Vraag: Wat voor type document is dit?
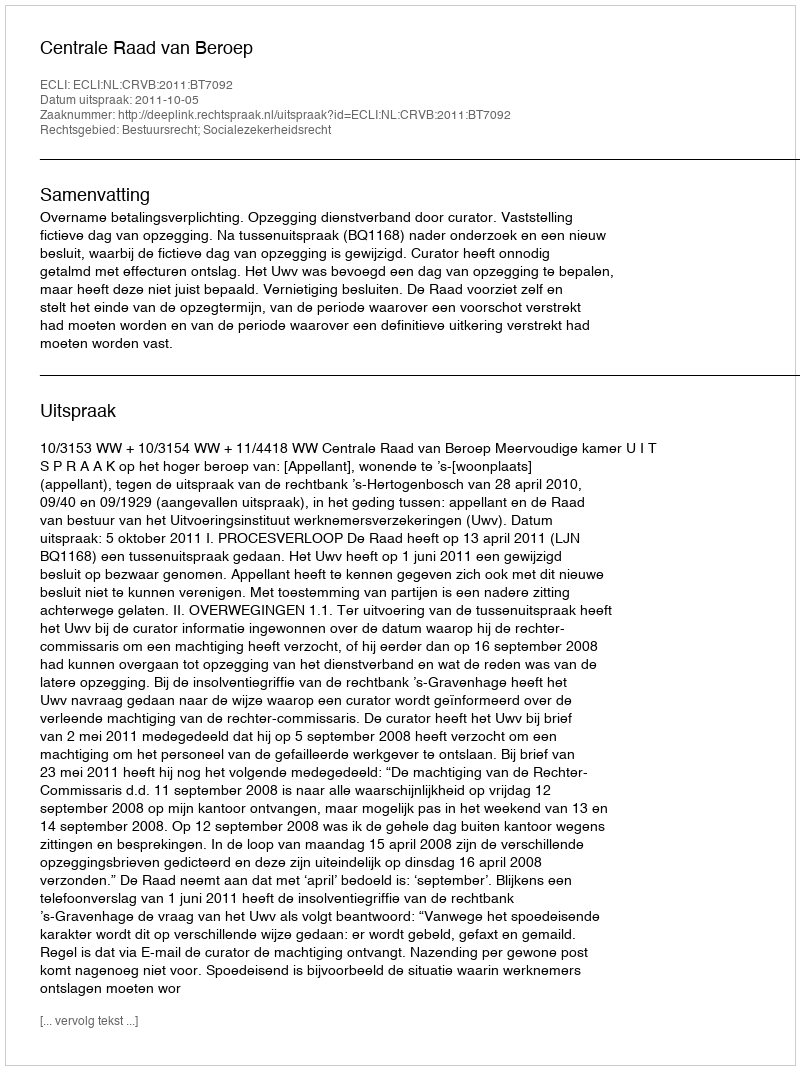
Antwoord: Uitspraak